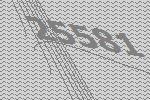
25581